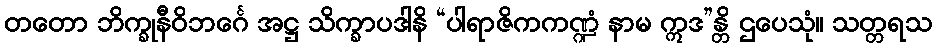
တတော ဘိက္ခုနီဝိဘင်္ဂေ အဋ္ဌ သိက္ခာပဒါနိ “ပါရာဇိကကဏ္ဍံ နာမ ဣဒ”န္တိ ဌပေသုံ။ သတ္တရသ